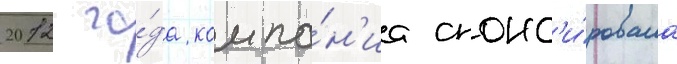
2012 го́да компа́н'иа спонс'и́ровала